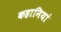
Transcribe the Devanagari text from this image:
कहानियां